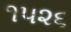
૧૫૨૬